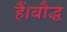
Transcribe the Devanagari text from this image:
हैं।बौद्ध